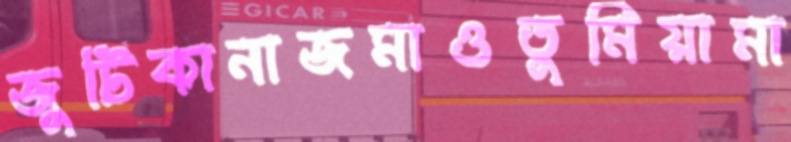
জুটিকানাজমাওতুমিয়ামা